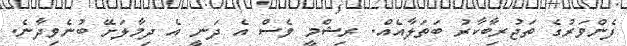
ފެންވަރުގެ ތަޖުރިބާކާރު ބަތަލާއެއް. ރިޝްމީ ވެސް އެ ދަނީ އެ ދިމާލަށޭ ބުނެވިދާނެ.